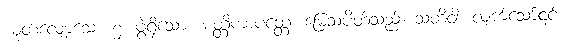
ယုတ်လျော့သော ၅၊ ဖွဲ့ရှိသော။ မတ္တိကာပတ္တေ၊ မြေသပိတ်သည်။ သတိဝါ၊ လျက်သော်၎င်း။